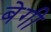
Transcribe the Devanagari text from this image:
बेगी